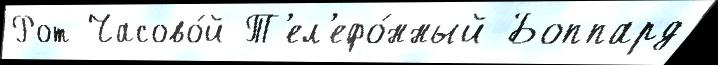
Рот Часово́й Т'ел'ефо́нный Боппард